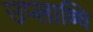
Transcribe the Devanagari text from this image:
उप्लाब्धि